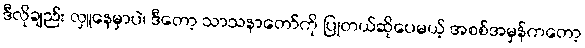
ဒီလိုချည်း လှူနေမှာပဲ၊ ဒီတော့ သာသနာတော်ကို ပြုတယ်ဆိုပေမယ့် အစစ်အမှန်ကတော့